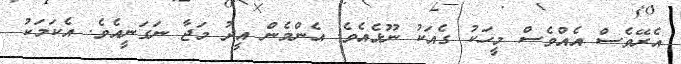
އެރޭވެސް އެއްވެސް މީހަކު ގެއަކު ނޫޅެއެވެ. އެންމެން އީދު މަޖާ ނަގަނީއެވެ. އެކަމަކު